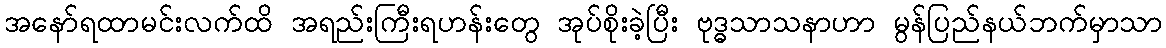
အနော်ရထာမင်းလက်ထိ အရည်းကြီးရဟန်းတွေ အုပ်စိုးခဲ့ပြီး ဗုဒ္ဓသာသနာဟာ မွန်ပြည်နယ်ဘက်မှာသာ